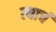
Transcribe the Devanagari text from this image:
त्‍याचं